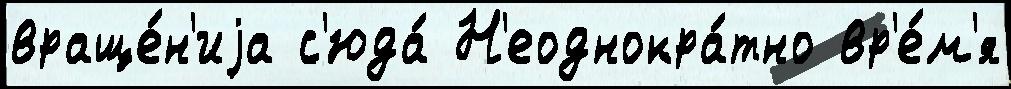
враще́н'иjа с'юда́ Н'еоднокра́тно вр'е́м'я